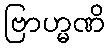
ဗြာဟ္မဏိ